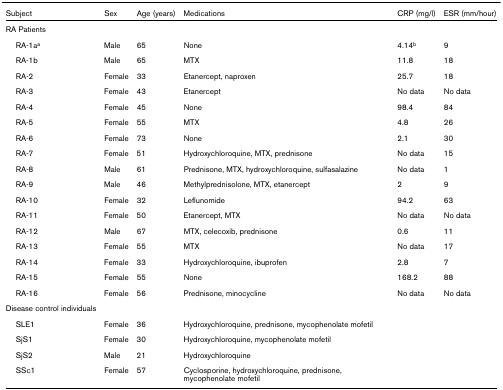
<table><thead><tr><td><b>Subject</b></td><td><b>Sex</b></td><td><b>Age (years)</b></td><td><b>Medications</b></td><td><b>CRP (mg/l)</b></td><td><b>ESR (mm/hour)</b></td></tr></thead><tbody><tr><td>RA Patients</td><td></td><td></td><td></td><td></td><td></td></tr><tr><td> RA-1a<sup>a</sup></td><td>Male</td><td>65</td><td>None</td><td>4.14<sup>b</sup></td><td>9</td></tr><tr><td> RA-1b</td><td>Male</td><td>65</td><td>MTX</td><td>11.8</td><td>18</td></tr><tr><td> RA-2</td><td>Female</td><td>33</td><td>Etanercept, naproxen</td><td>25.7</td><td>18</td></tr><tr><td> RA-3</td><td>Female</td><td>43</td><td>Etanercept</td><td>No data</td><td>No data</td></tr><tr><td> RA-4</td><td>Female</td><td>45</td><td>None</td><td>98.4</td><td>84</td></tr><tr><td> RA-5</td><td>Female</td><td>55</td><td>MTX</td><td>4.8</td><td>26</td></tr><tr><td> RA-6</td><td>Female</td><td>73</td><td>None</td><td>2.1</td><td>30</td></tr><tr><td> RA-7</td><td>Female</td><td>51</td><td>Hydroxychloroquine, MTX, prednisone</td><td>No data</td><td>15</td></tr><tr><td> RA-8</td><td>Male</td><td>61</td><td>Prednisone, MTX, hydroxychloroquine, sulfasalazine</td><td>No data</td><td>1</td></tr><tr><td> RA-9</td><td>Male</td><td>46</td><td>Methylprednisolone, MTX, etanercept</td><td>2</td><td>9</td></tr><tr><td> RA-10</td><td>Female</td><td>32</td><td>Leflunomide</td><td>94.2</td><td>63</td></tr><tr><td> RA-11</td><td>Female</td><td>50</td><td>Etanercept, MTX</td><td>No data</td><td>No data</td></tr><tr><td> RA-12</td><td>Male</td><td>67</td><td>MTX, celecoxib, prednisone</td><td>0.6</td><td>11</td></tr><tr><td> RA-13</td><td>Female</td><td>55</td><td>MTX</td><td>No data</td><td>17</td></tr><tr><td> RA-14</td><td>Female</td><td>33</td><td>Hydroxychloroquine, ibuprofen</td><td>2.8</td><td>7</td></tr><tr><td> RA-15</td><td>Female</td><td>55</td><td>None</td><td>168.2</td><td>88</td></tr><tr><td> RA-16</td><td>Female</td><td>56</td><td>Prednisone, minocycline</td><td>No data</td><td>No data</td></tr><tr><td>Disease control individuals</td><td></td><td></td><td></td><td></td><td></td></tr><tr><td> SLE1</td><td>Female</td><td>36</td><td>Hydroxychloroquine, prednisone, mycophenolate mofetil</td><td></td><td></td></tr><tr><td> SjS1</td><td>Female</td><td>30</td><td>Hydroxychloroquine, mycophenolate mofetil</td><td></td><td></td></tr><tr><td> SjS2</td><td>Male</td><td>21</td><td>Hydroxychloroquine</td><td></td><td></td></tr><tr><td> SSc1</td><td>Female</td><td>57</td><td>Cyclosporine, hydroxychloroquine, prednisone, mycophenolate mofetil</td><td></td><td></td></tr></tbody></table>